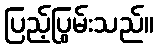
ပြည့်ပြွမ်းသည်။